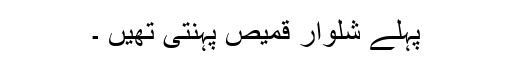
پہلے شلوار قمیص پہنتی تھیں ۔